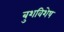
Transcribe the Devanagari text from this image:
बुशविशेष